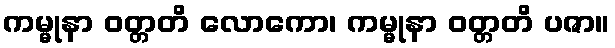
ကမ္မုနာ ဝတ္တတိ လောကော၊ ကမ္မုနာ ဝတ္တတိ ပဇာ။